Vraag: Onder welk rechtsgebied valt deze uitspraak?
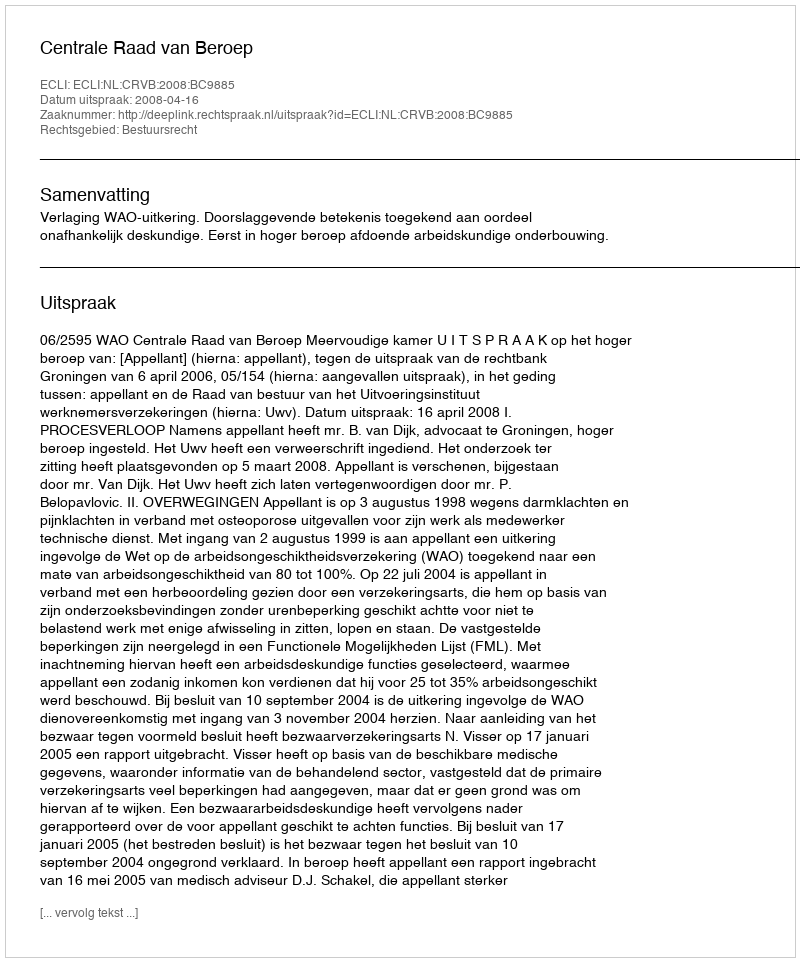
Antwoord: Bestuursrecht